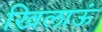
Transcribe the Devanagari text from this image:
खिलाऊं